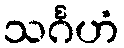
သင်္ဂဟံ